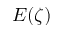
E ( \zeta )